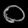
Digit: ၀